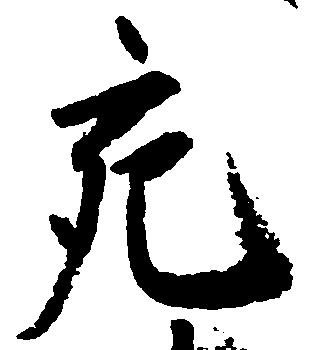
充